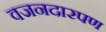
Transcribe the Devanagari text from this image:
वजनदारपण